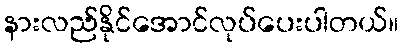
နားလည်နိုင်အောင်လုပ်ပေးပါတယ်။